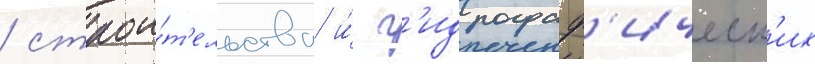
/ строи́т'ельства и́ г'идрограф'ическ'их